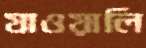
যাওয়ালি